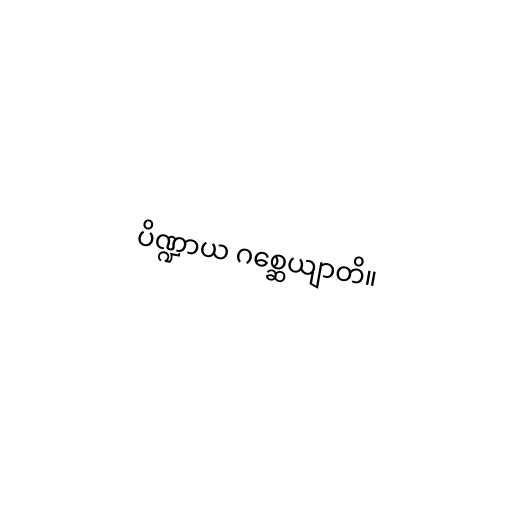
ပိဏ္ဍာယ ဂစ္ဆေယျာတိ။